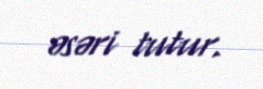
əsəri tutur.